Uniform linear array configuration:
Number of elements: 12
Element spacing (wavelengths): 0.5
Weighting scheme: cosine
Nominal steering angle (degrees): -60
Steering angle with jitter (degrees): -60.502
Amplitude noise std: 0.05
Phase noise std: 0.05

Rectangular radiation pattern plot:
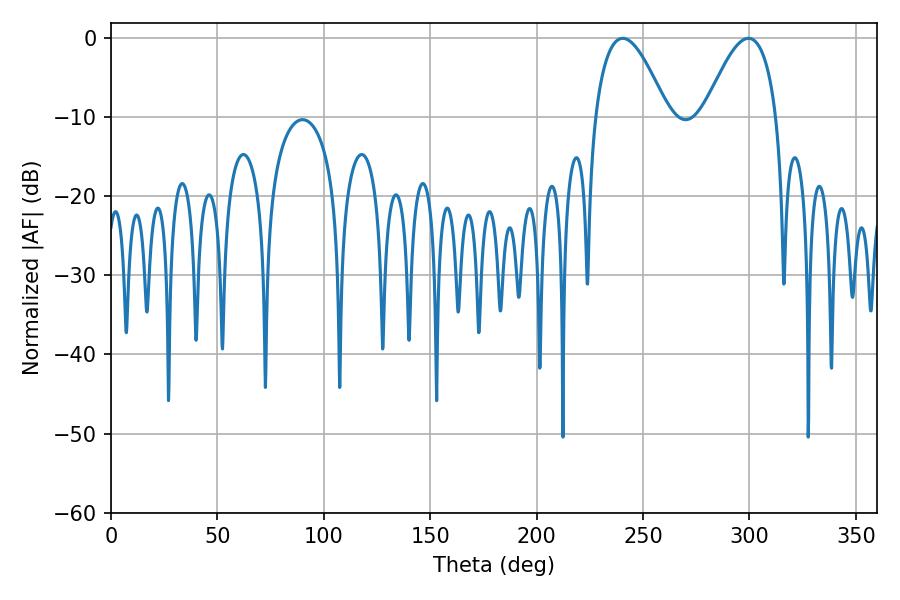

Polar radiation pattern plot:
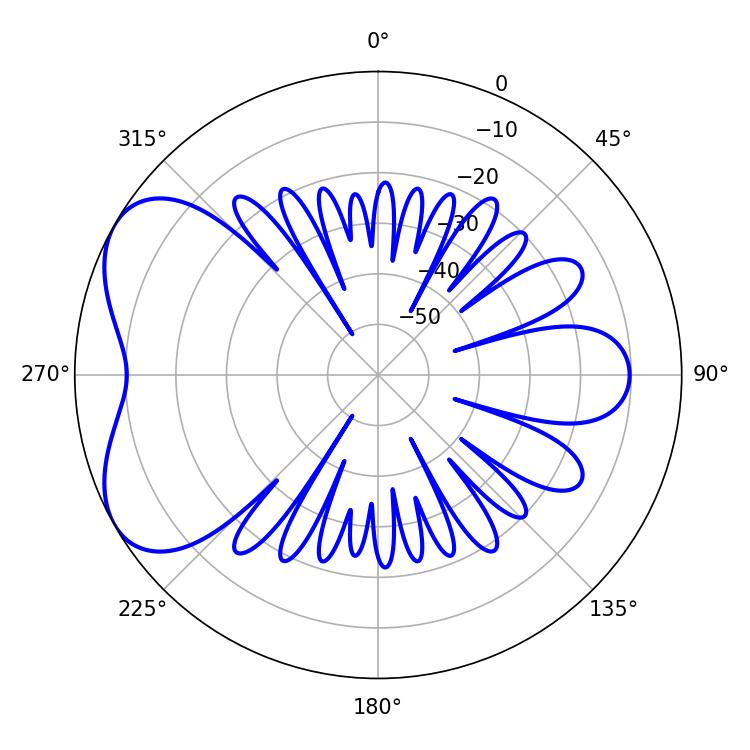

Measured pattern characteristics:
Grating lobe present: FALSE
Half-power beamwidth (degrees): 18.54
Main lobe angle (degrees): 240.48